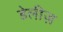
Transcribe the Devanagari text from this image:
डेलीज़